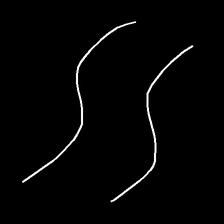
Glyph: float